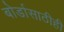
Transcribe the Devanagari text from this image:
बोर्डासाठीही